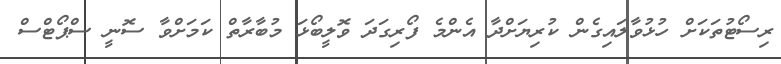
ރިސޯޓުތަކަށް ހުޅުވާލައިގެން ކުރިޔަށްދާ އެންމެ ފޯރިގަދަ ވޮލީބޯޅަ މުބާރާތް ކަމަށްވާ ސޮނީ ސްޕޯޓްސް